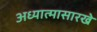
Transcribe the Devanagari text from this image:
अध्यात्मासारखे